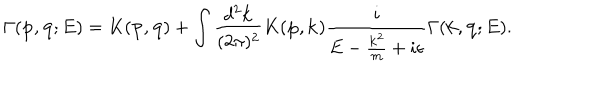
\Gamma ( { \bf p } , { \bf q } ; E ) = K ( { \bf p } , { \bf q } ) + \int \frac { d ^ { 2 } { \bf k } } { ( 2 \pi ) ^ { 2 } } K ( { \bf p } , { \bf k } ) \frac { i } { E - \frac { { \bf k } ^ { 2 } } { m } + i \epsilon } \Gamma ( { \bf k } , { \bf q } ; E ) .